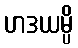
ဟဒယမ္ပိ